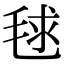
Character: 毬